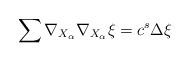
LaTeX: \begin{align*} \sum \nabla_{X_{\alpha}}\nabla_{X_{\alpha}}\xi = c^s\Delta\xi\end{align*}